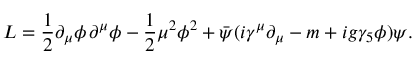
{ \cal L } = \frac { 1 } { 2 } \partial _ { \mu } \phi \, \partial ^ { \mu } \phi - \frac { 1 } { 2 } \mu ^ { 2 } \phi ^ { 2 } + \bar { \psi } ( i \gamma ^ { \mu } \partial _ { \mu } - m + i g \gamma _ { 5 } \phi ) \psi .